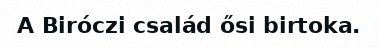
A Biróczi család ősi birtoka.